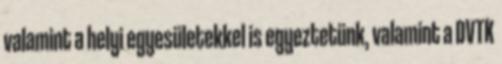
valamint a helyi egyesületekkel is egyeztetünk, valamint a DVTK